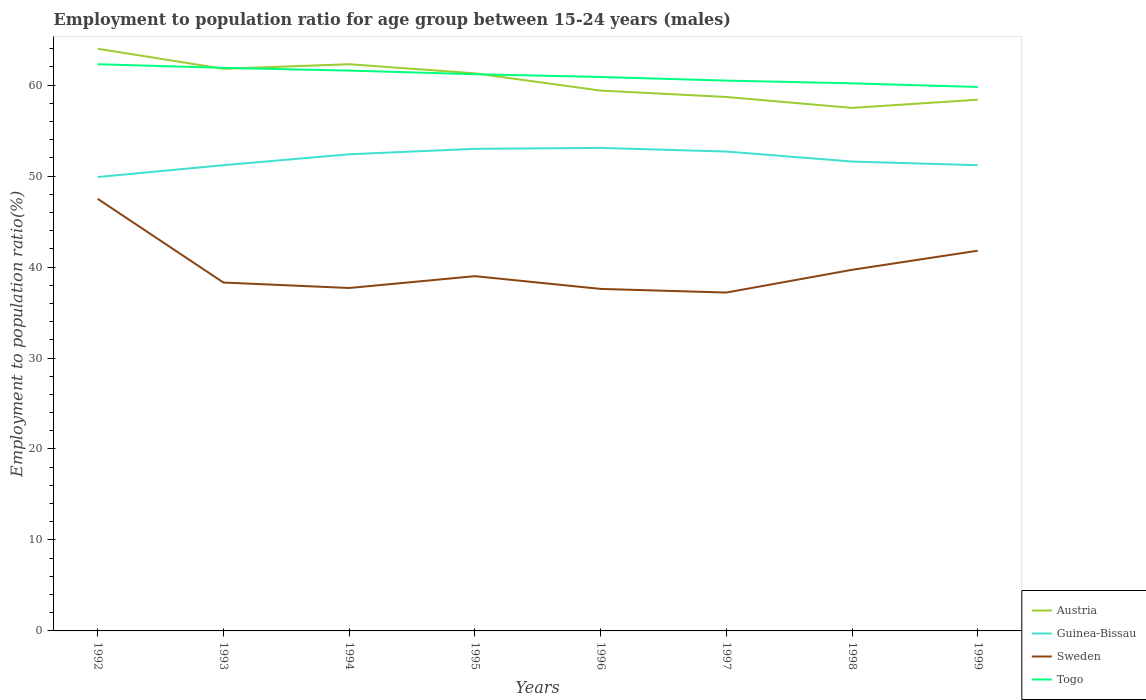
| Years | Austria | Guinea-Bissau | Sweden | Togo |
 | --- | --- | --- | --- | --- |
 | 1992 | 64 | 49.9 | 47.5 | 62.3 |
 | 1993 | 61.8 | 51.2 | 38.3 | 61.9 |
 | 1994 | 62.3 | 52.4 | 37.7 | 61.6 |
 | 1995 | 61.3 | 53 | 39 | 61.2 |
 | 1996 | 59.4 | 53.1 | 37.6 | 60.9 |
 | 1997 | 58.7 | 52.7 | 37.2 | 60.5 |
 | 1998 | 57.5 | 51.6 | 39.7 | 60.2 |
 | 1999 | 58.4 | 51.2 | 41.8 | 59.8 |